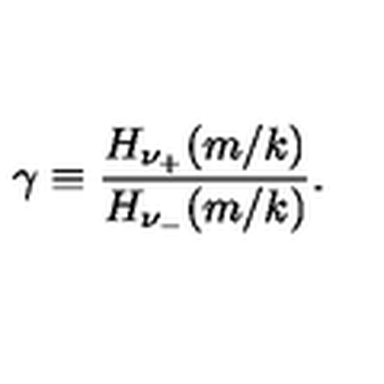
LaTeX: \gamma \equiv { \frac { H _ { \nu _ { + } } ( m / k ) } { H _ { \nu _ { - } } ( m / k ) } } .